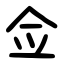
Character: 佥